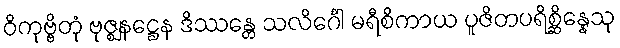
ဝိကုဗ္ဗိတုံ ဗုဇ္ဈနဋ္ဌေန ဒိဿန္တေ သလိင်္ဂေါ မရီစိကာယ ပူဇိတပရိစ္ဆိန္နေသု